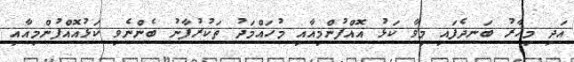
އަދި މިހާރު ބަނދެފައި މިވާ ކަޅު އޮއްފުންމިއާއި މުހައްމަދު ތަކުރުފާނު ބެންނެވި ކަޅުއޮއްފުންމިއާއި